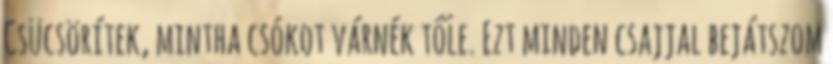
Csücsörítek, mintha csókot várnék tőle. Ezt minden csajjal bejátszom